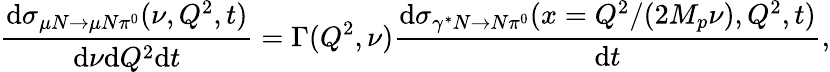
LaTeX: \frac{\mathrm{d}\sigma_{\mu N\rightarrow\mu N\pi^{0}}(\nu,Q^{2},t)}{\mathrm{d}\nu\mathrm{d}Q^{2}\mathrm{d}t}=\Gamma(Q^{2},\nu)\frac{\mathrm{d}\sigma_{\gamma^{*}N\rightarrow N\pi^{0}}(x=Q^{2}/(2M_{p}\nu),Q^{2},t)}{\mathrm{d}t},